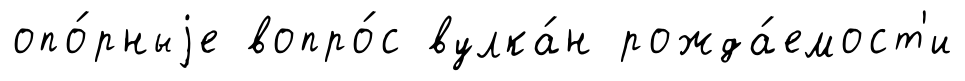
опо́рныjе вопро́с вулка́н рожда́емост'и